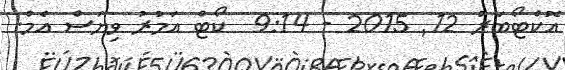
އޮކްޓޯބަރު 12